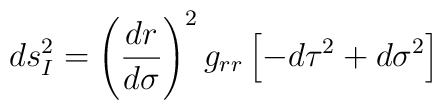
ds_{I}^{2} = \left ( \frac{dr}{d\sigma} \right )^{2} g_{rr}\left [ -d\tau^{2} + d\sigma^{2} \right ]